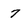
Character: 7